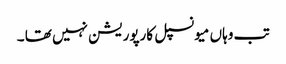
تب وہاں میونسپل کارپوریشن نہیں تھا ۔